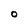
Character: O